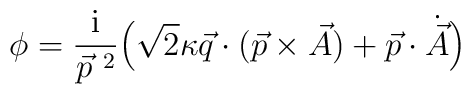
\phi = \frac{\rm i}{\vec p^{~2}} \Bigl( \sqrt{2} \kappa  \vec q \cdot (\vec p\times \vec A) + \vec p \cdot \dot{\vec A }\Bigr)